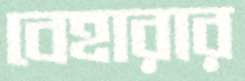
বেহারার